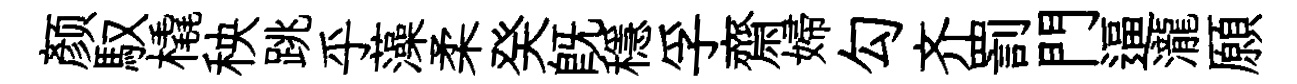
颜馭橇秧跳乎藻柔癸既穩孚齋婦勾齐罰門逼瀧願